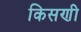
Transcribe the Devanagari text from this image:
किसणी